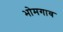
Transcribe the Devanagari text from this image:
भोमगाव